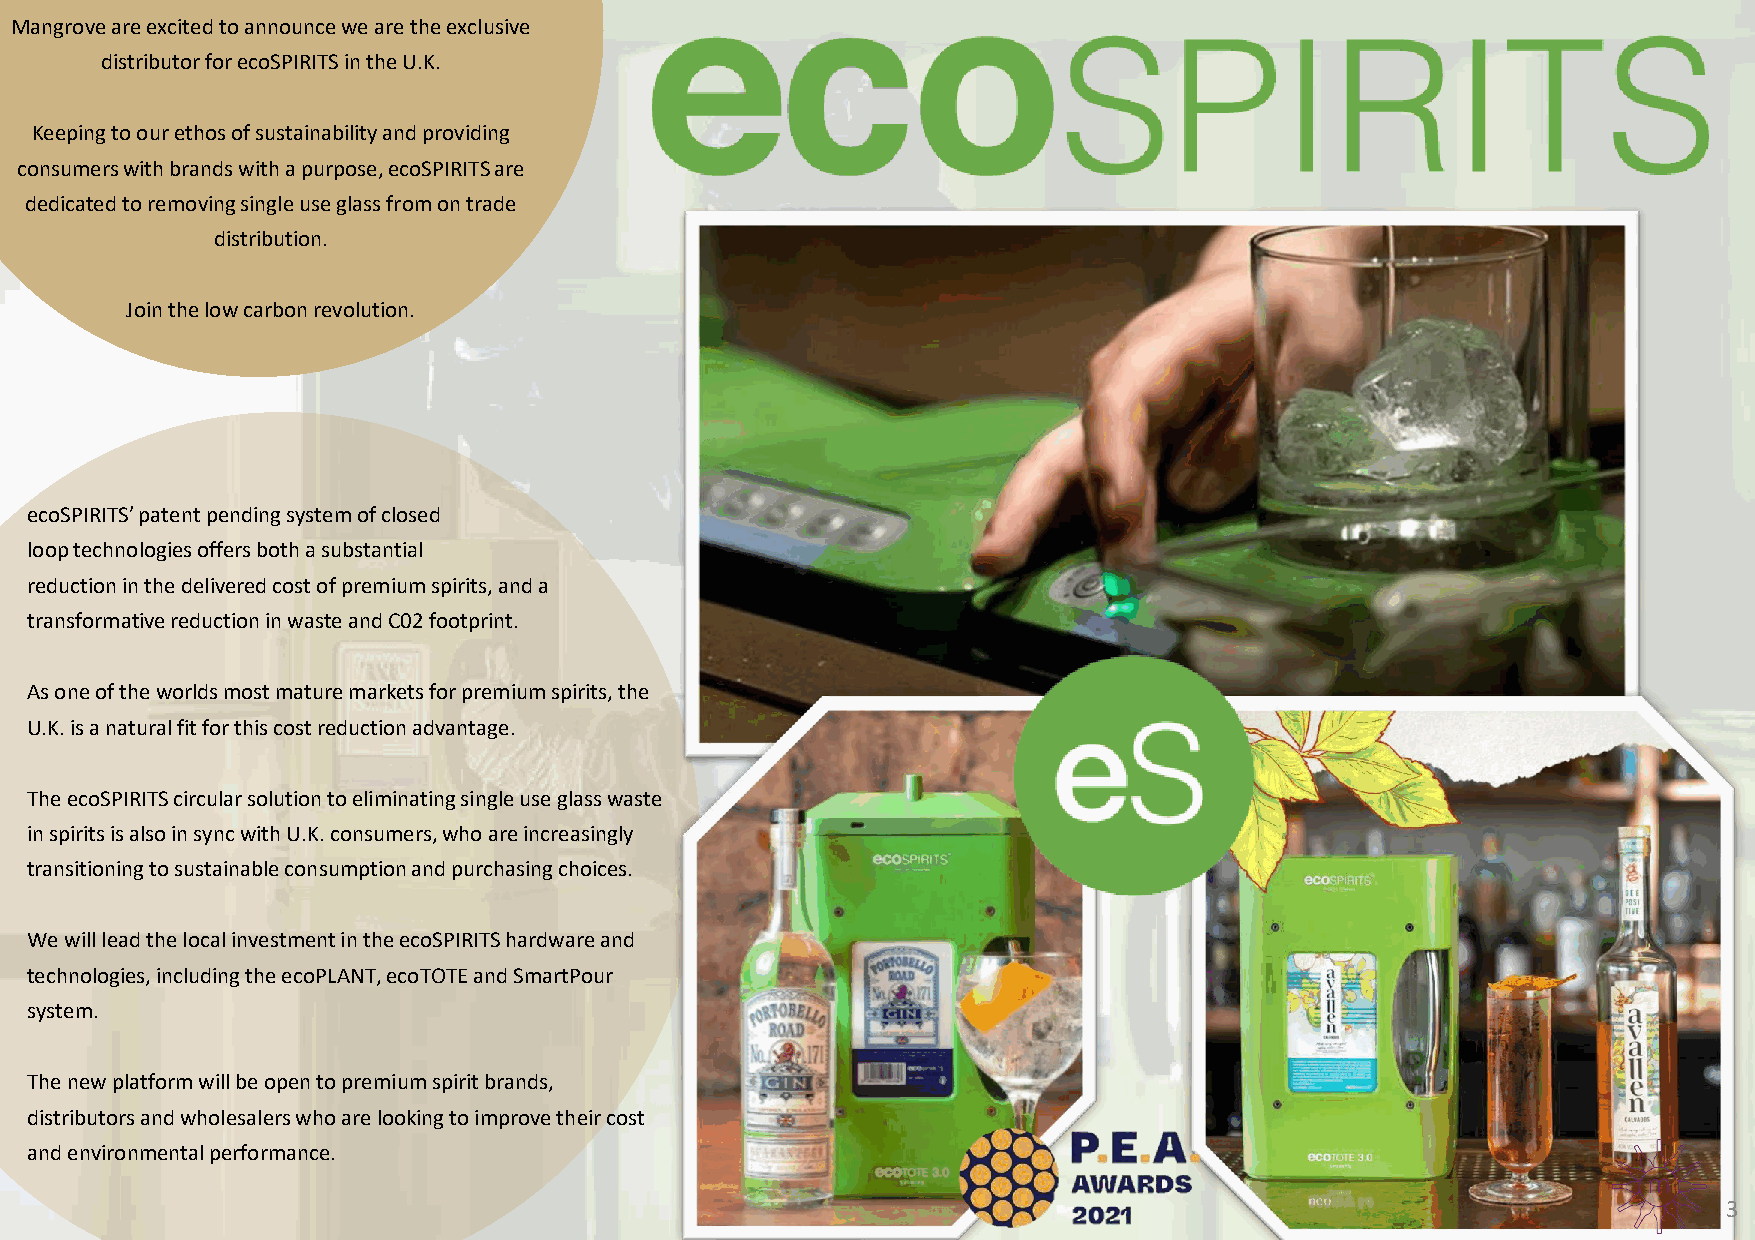
Mangrove are excited to announce we are the exclusive
 distributor for ecoSPIRITSin the U.K.
 Keeping to our ethos of sustainability and providing
 consumers with brands with a purpose, ecoSPIRITSare
 dedicated to removing single use glass from on trade
 distribution.
 Join the low carbon revolution.
 ecoSPIRITS’ patent pending system of closed
 loop technologies offers both a substantial
 reduction in the delivered cost of premium spirits, and a
 transformative reduction in waste and C02 footprint.
 As one of the worlds most mature markets for premium spirits, the
 U.K. is a natural fit for this cost reduction advantage.
 The ecoSPIRITScircular solution to eliminating single use glass waste
 in spirits is also in sync with U.K. consumers, who are increasingly
 transitioning to sustainable consumption and purchasing choices.
 We will lead the local investment in the ecoSPIRITShardware and
 technologies, including the ecoPLANT, ecoTOTEand SmartPour
 system.
 The new platform will be open to premium spirit brands,
 distributors and wholesalers who are looking to improve their cost
 and environmental performance.
 3